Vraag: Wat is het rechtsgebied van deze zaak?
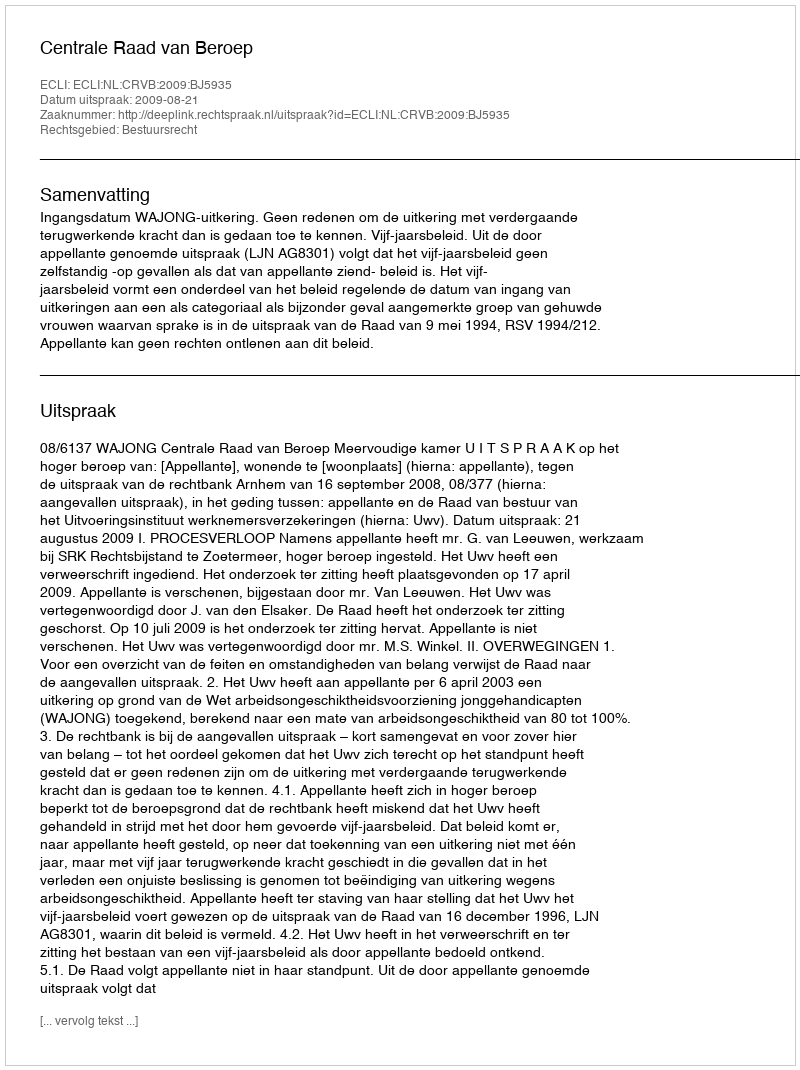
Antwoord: Bestuursrecht